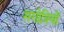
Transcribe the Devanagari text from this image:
सगोत्रियों